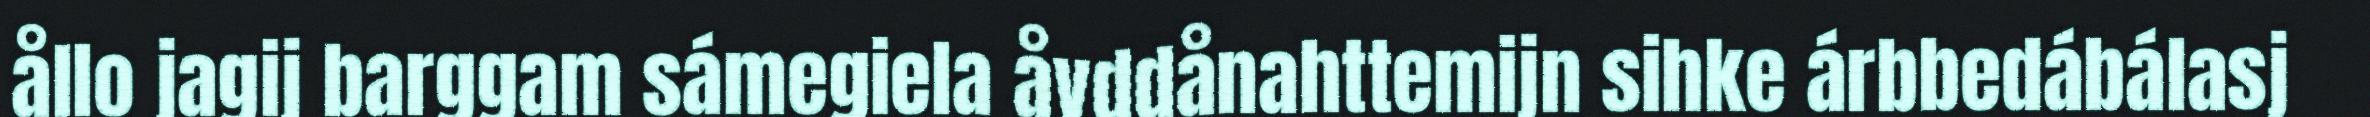
ållo jagij barggam sámegiela åvddånahttemijn sihke árbbedábálasj